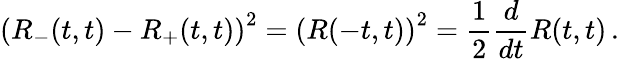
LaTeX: \left(R_{-}(t,t)-R_{+}(t,t)\right)^{2}=\left(R(-t,t)\right)^{2}={\frac{1}{2}}{\frac{d}{dt}}R(t,t)\, .